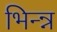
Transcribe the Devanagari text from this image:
भिन्न्न